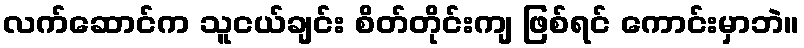
လက်ဆောင်က သူငယ်ချင်း စိတ်တိုင်းကျ ဖြစ်ရင် ကောင်းမှာဘဲ။